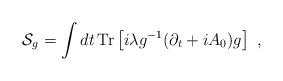
\begin{align*}{\cal S}_{g}=\int dt\, {\rm Tr} \left[i \lambda g^{-1} (\partial_t+iA_0)g\right]~,\end{align*}